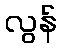
လွန်